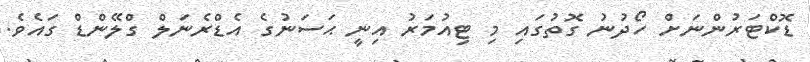
ޑޮކްޓަރުންނަށް ހޯދުނު ގޮތުގައި މި ޓިއުމަރު އިނީ ޙަސަނުގެ އެޑްރެނަލް ގްލޭންޑް ގައެވެ.